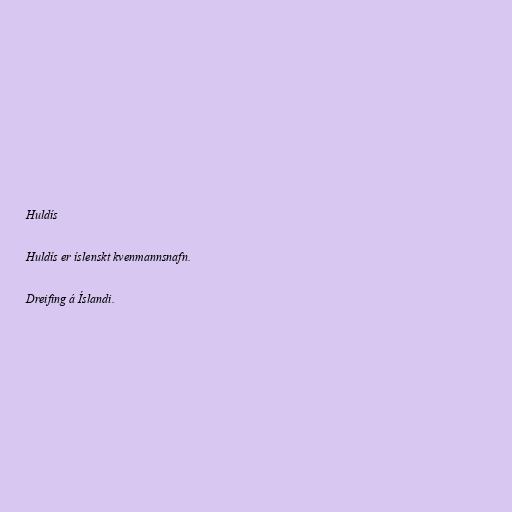
Huldís

Huldís er íslenskt kvenmannsnafn.

Dreifing á Íslandi.